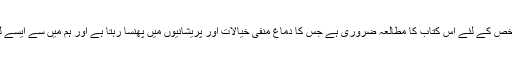
میری رائے میں ہر ایسے شخص کے لئے اس کتاب کا مطالعہ ضروری ہے جس کا دماغ منفی خیالات اور پریشانیوں میں پھنسا رہتا ہے اور ہم میں سے ایسے لوگ 99٪ سے زیادہ ہی ہیں۔